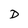
Character: D